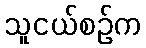
သူငယ်စဉ်က